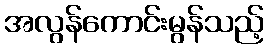
အလွန်ကောင်းမွန်သည့်